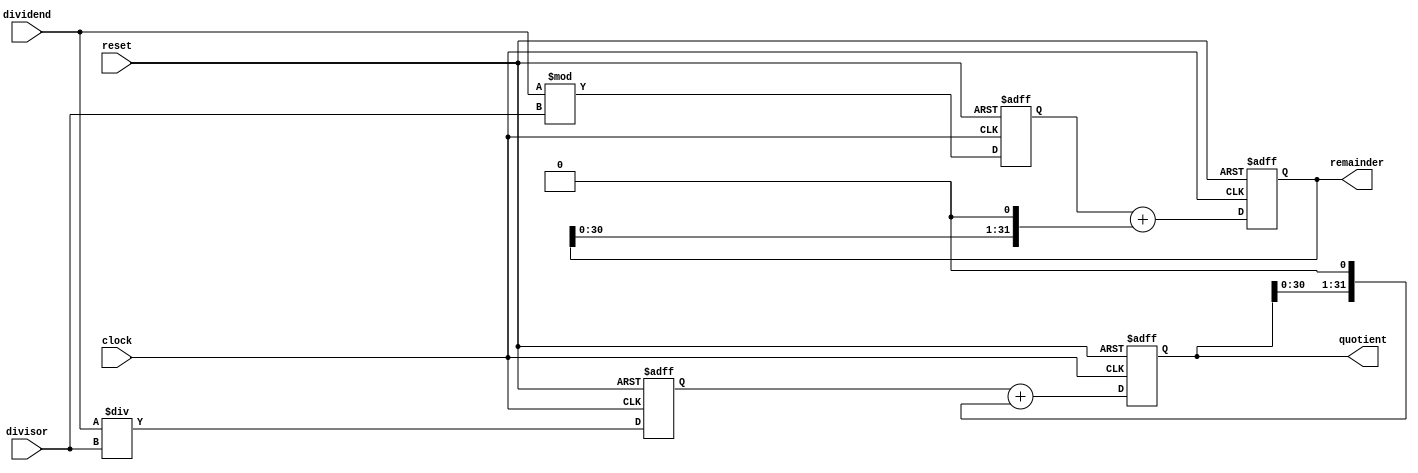
module Pipelined_Divider (
    input clock, //clock signal
    input reset, //reset signal
    input [31:0] dividend, //input dividend
    input [31:0] divisor, //input divisor
    output reg [31:0] quotient, //output quotient
    output reg [31:0] remainder //output remainder
);

reg [31:0] partial_quotient; //partial quotient register
reg [31:0] partial_remainder; //partial remainder register

always @(posedge clock or posedge reset) begin
    if (reset) begin //if reset signal is high
        quotient <= 0; //reset quotient
        remainder <= 0; //reset remainder
        partial_quotient <= 0; //reset partial quotient
        partial_remainder <= 0; //reset partial remainder
    end else begin
        //input processing stage
        partial_quotient <= dividend / divisor; //compute partial quotient
        partial_remainder <= dividend % divisor; //compute partial remainder
        
        //accumulating partial results stage
        quotient <= partial_quotient + (quotient << 1); //accumulate partial quotient
        remainder <= partial_remainder + (remainder << 1); //accumulate partial remainder
    end
end

endmodule